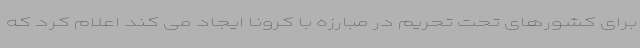
برای کشورهای تحت تحریم در مبارزه با کرونا ایجاد می کند اعلام کرد که